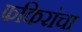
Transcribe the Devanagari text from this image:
फकिरांचा